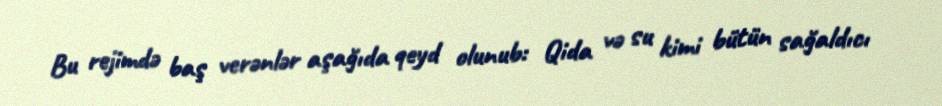
Bu rejimdə baş verənlər aşağıda qeyd olunub: Qida və su kimi bütün sağaldıcı